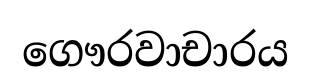
ගෞරවාචාරය